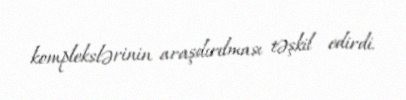
komplekslərinin araşdırılması təşkil edirdi.